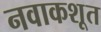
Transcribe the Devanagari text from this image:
नवाकशूत